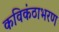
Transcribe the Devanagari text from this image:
कविकंठाभरण